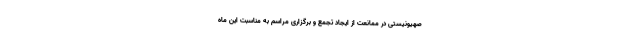
صهیونیستی در ممانعت از ایجاد تجمع و برگزاری مراسم به مناسبت این ماه